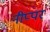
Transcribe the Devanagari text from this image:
नीप्पर